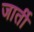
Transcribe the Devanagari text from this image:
जार्ती